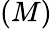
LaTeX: (M)